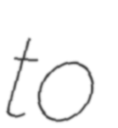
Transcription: to